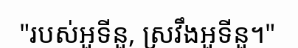
"របស់អួទីនួ, ស្រវឹងអួទីនួ។"